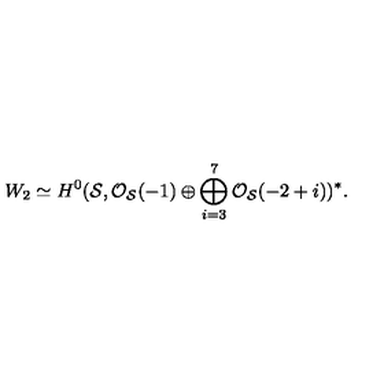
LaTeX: W _ { 2 } \simeq H ^ { 0 } ( { \cal S } , { \cal O } _ { { \cal S } } ( - 1 ) \oplus \bigoplus _ { i = 3 } ^ { 7 } { \cal O } _ { { \cal S } } ( - 2 + i ) ) ^ { * } .